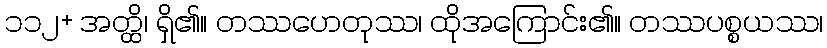
၁၁၂+ အတ္ထိ၊ ရှိ၏။ တဿဟေတုဿ၊ ထိုအကြောင်း၏။ တဿပစ္စယဿ၊